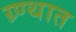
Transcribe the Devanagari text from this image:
ग्र्ण्थात